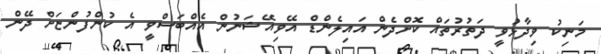
މަނިކު ވިދާޅުވީ ދަތުރުތައް ކޮށްދެން އައިލެންޑް އޭވިއޭޝަނުން އެއްބަސްވީ އެ ކުންފުންޏަށް ދޭން